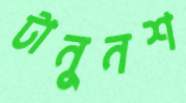
টানুনশ